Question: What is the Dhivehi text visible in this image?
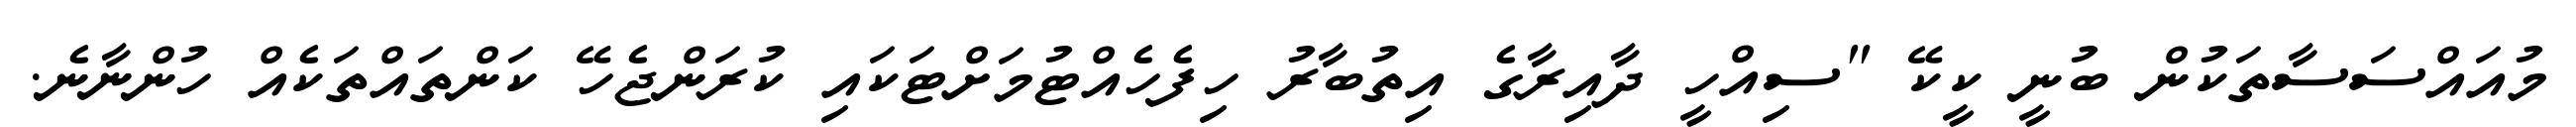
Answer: މުއައްސަސާތަކުން ބުނީ ކީކޭ "ސިއްހީ ދާއިރާގެ އިތުބާރު ހިފެހެއްޓުމަށްޓަކައި ކުރަންޖެހޭ ކަންތައްތަކެއް ހުންނާނެ.